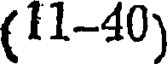
(11-40)